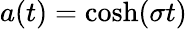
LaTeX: a(t)=\cosh(\sigma t)